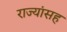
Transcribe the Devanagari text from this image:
राज्यांसह